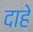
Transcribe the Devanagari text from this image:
दाहे